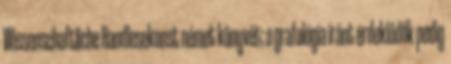
Wissenschaftliche Handlesekunst német könyvét; a grafológia iránt érdeklődők pedig